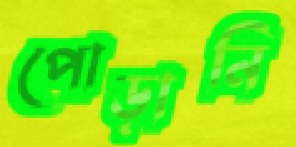
পোড়ানি